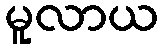
မူလာယ